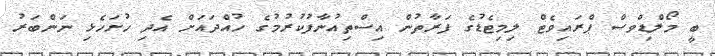
ބީ މޯލްޑިވްސް ޕްރައިވެޓް ލިމިޓެޑުގެ ފަރާތުން އިސްތިއުނާފުކުރުމުގެ ހުއްދައަށް އެދި ހުށަހެޅި ނަންބަރު